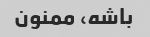
باشه، ممنون